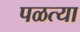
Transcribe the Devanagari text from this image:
पळत्या